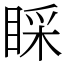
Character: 睬